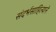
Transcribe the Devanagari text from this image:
संदर्भसाहित्याने